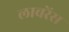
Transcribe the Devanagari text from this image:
लावरेंस